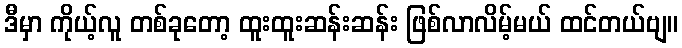
ဒီမှာ ကိုယ့်လူ တစ်ခုတော့ ထူးထူးဆန်းဆန်း ဖြစ်လာလိမ့်မယ် ထင်တယ်ဗျ။